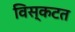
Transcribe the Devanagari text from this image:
विस्कटत